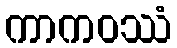
ကာကဝဿံ